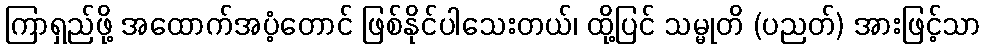
ကြာရှည်ဖို့ အထောက်အပံ့တောင် ဖြစ်နိုင်ပါသေးတယ်၊ ထို့ပြင် သမ္မုတိ (ပညတ်) အားဖြင့်သာ